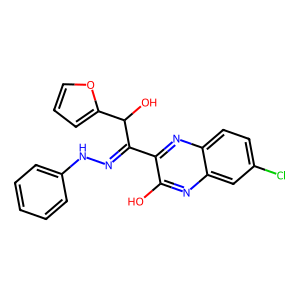
SMILES: Oc1nc2cc(Cl)ccc2nc1C(=NNc1ccccc1)C(O)c1ccco1
Inhibits HIV replication: No